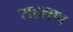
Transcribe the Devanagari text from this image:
सहलण